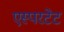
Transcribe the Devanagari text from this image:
एस्परटेट